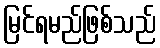
မြင်ရမည်ဖြစ်သည်